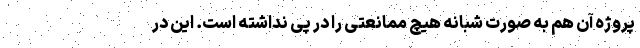
پروژه آن‌ هم به صورت شبانه هیچ ممانعتی را در پی نداشته است. این در